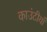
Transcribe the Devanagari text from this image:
काउंटीयाँ